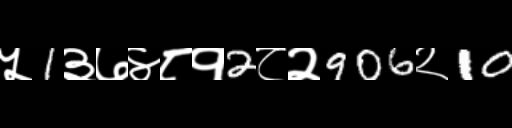
Text: ५1३७४८१2८२906२10